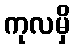
ကုလမှိ